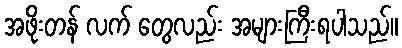
အဖိုးတန် လက် တွေလည်း အများကြီးရပါသည်။